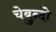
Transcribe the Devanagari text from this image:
चेबुन्दो